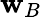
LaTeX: \mathbf{w}_{B}